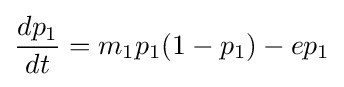
{\frac {dp_{1}}{dt}}=m_{1}p_{1}(1-p_{1})-ep_{1}